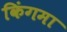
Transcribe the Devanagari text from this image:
किंगमा